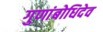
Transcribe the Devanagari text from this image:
गुणांबोधिदेव